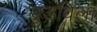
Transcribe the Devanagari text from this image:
बुडविला